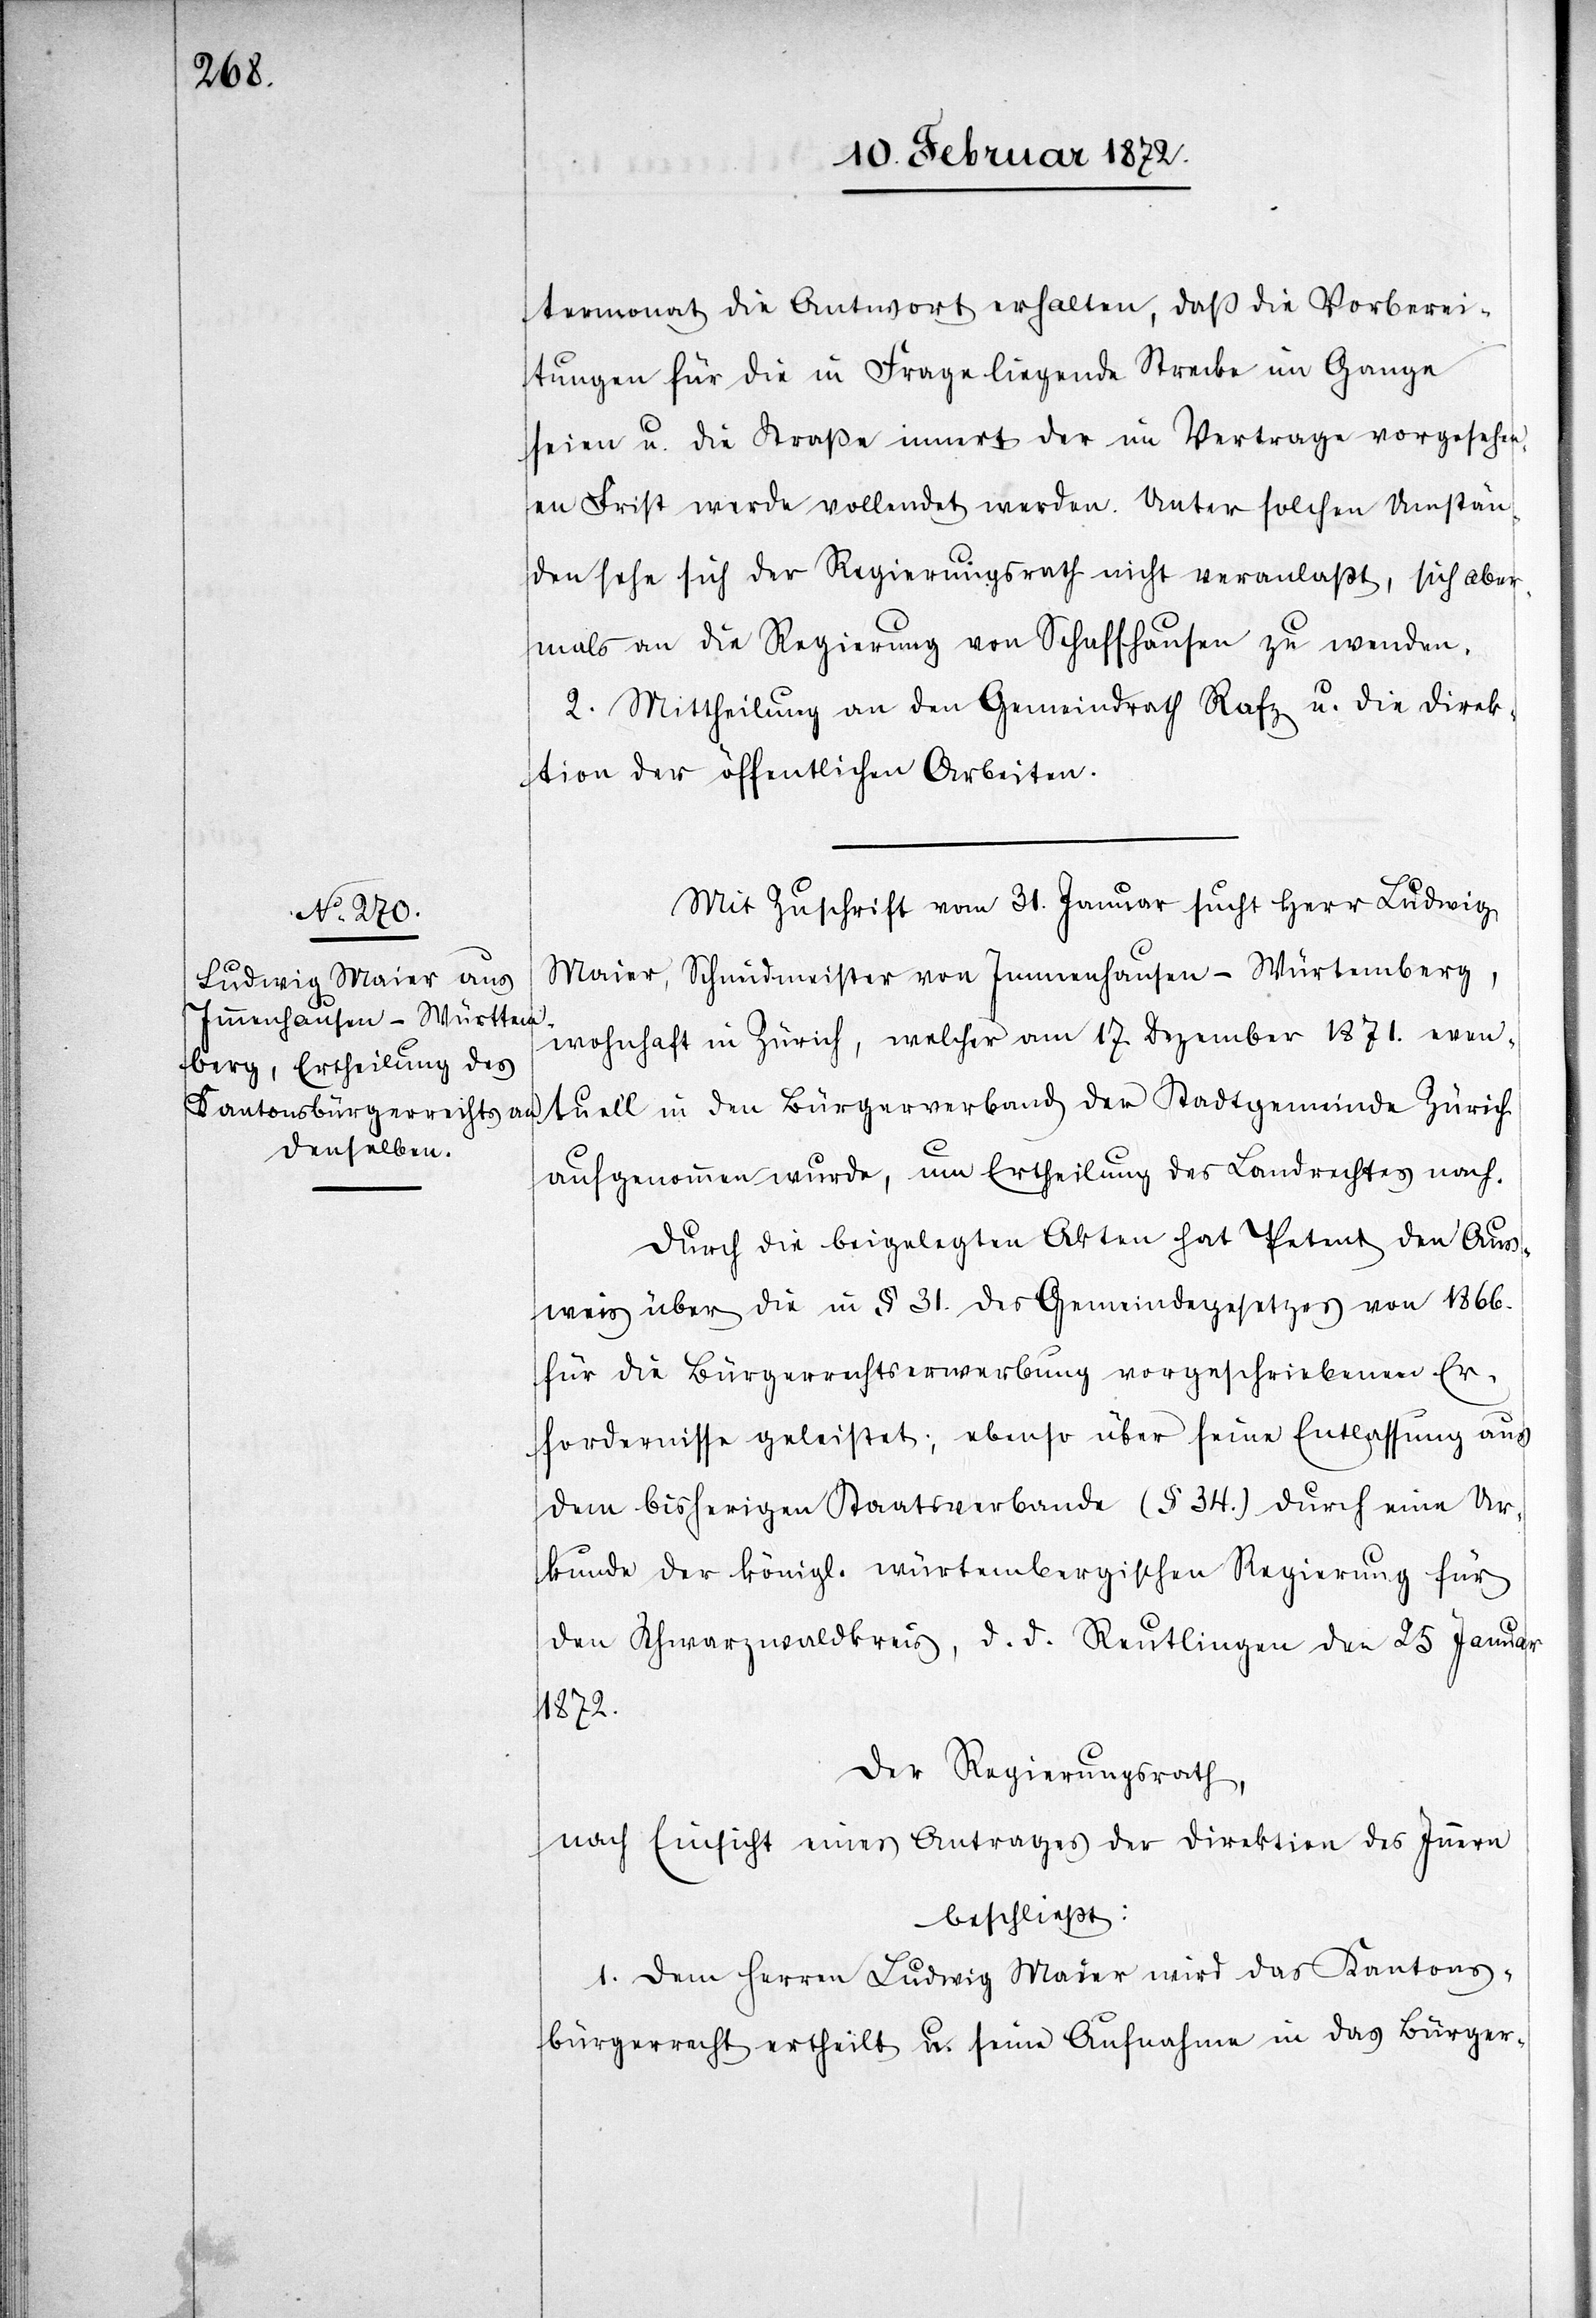
termonat die Antwort erhalten, daß die Vorberei¬
tungen für die in Frage liegende Strecke im Gange
seien u. die Straße innert der im Vertrage vorgesehen¬
en Frist werde vollendet werden. Unter solchen Umstän¬
den sehe sich der Regierungsrath nicht veranlaßt, sich aber¬
mals an die Regierung von Schaffhausen zu wenden.
2. Mittheilung an den Gemeindrath Rafz, u. die Direk¬
tion der öffentlichen Arbeiten.
Mit Zuschrift vom 31. Januar sucht Herr Ludwig
Maier, Schmidmeister von Immenhausen-Würtemberg,
wohnhaft in Zürich, welcher am 17 Dezember 1871. even¬
tuell in den Bürgerverband der Stadtgemeinde Zürich
aufgenommen wurde, um Ertheilung des Landrechtes nach.
Durch die beigelegten Akten hat Petent den Aus¬
weis über die in § 31. des Gemeindegesetzes von 1866.
für die Bürgerrechtserwerbung vorgeschriebenen Er¬
fordernisse geleistet; ebenso über seine Entlassung aus
dem bisherigen Staatsverbande (§ 34.) durch eine Ur¬
kunde der königl. würtembergischen Regierung für
den Schwarzwaldkreis, d. d. Reutlingen den 25 Januar
1872.
Der Regierungsrath,
nach Einsicht eines Antrages der Direktion des Innern
beschließt:
1. Dem Herren Ludwig Maier wird das Kantons¬
bürgerrecht ertheilt u. seine Aufnahme in das Bürger-